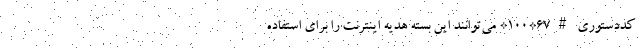
کددستوری #67*100* می‌توانند این بسته هدیه اینترنت را برای استفاده